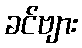
ခင်ဗျား